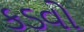
કડવો